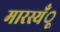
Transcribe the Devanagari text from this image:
मारस्यँू